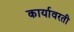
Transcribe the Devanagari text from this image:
कार्यावरती